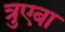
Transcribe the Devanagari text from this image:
त्रुएबा